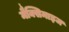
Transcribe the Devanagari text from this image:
मैक्सिमाइज